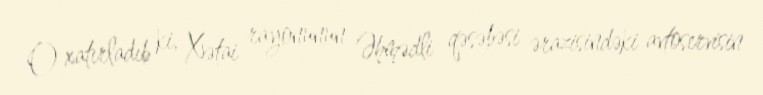
O xatırladıb ki, Xətai rayonunun Əhmədli qəsəbəsi ərazisindəki avtoservisin